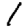
Digit: 1